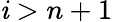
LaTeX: \mathit{i}>n+1